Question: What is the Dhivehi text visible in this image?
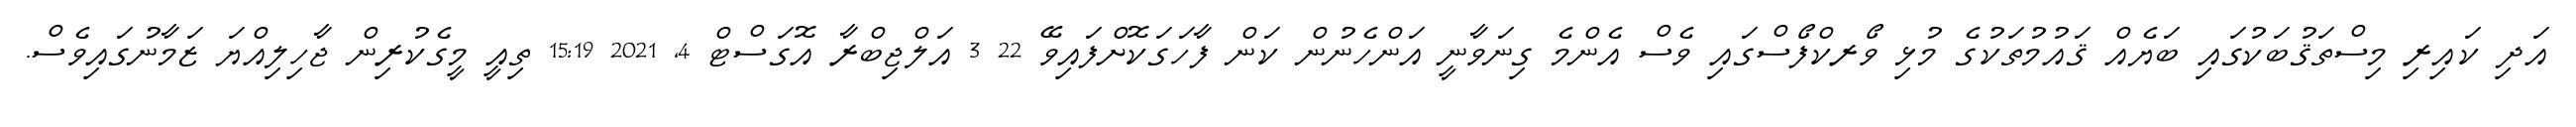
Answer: އަދި ކައިރި މިސްތަޤުބަކުގައި ބަޔެއް ޤައުމުތަކުގެ މުޅި ވޯރކްފޯސްގައި ވެސް އެންމެ ގިނަވާނީ އަންހެނުން ކަން ފާހަގަކޮށްފައިވޭ 22 3 އަލްޖިބްރާ އޮގަސްޓް 4, 2021 15:19 ތިއީ މީގެކުރިން ޖާހިލިއްޔަ ޒަމާނުގައިވެސް.